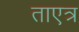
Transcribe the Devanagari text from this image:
ताएत्र